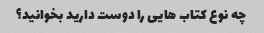
چه نوع کتاب هایی را دوست دارید بخوانید؟